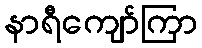
နာရီကျော်ကြာ